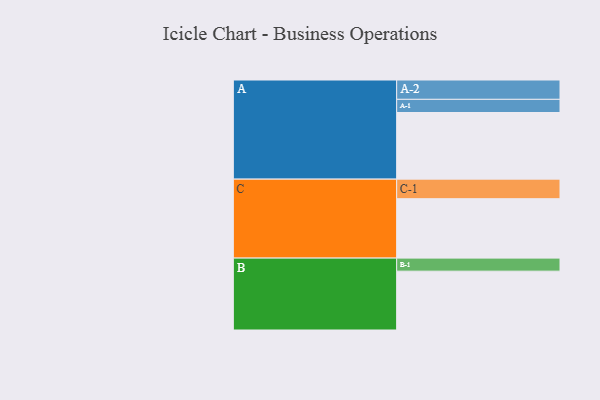
{"axis": {"x": "Segment", "y": "Value"}, "legend": ["", "A", "B", "C"], "data": [{"x": "A", "y": 572, "type": ""}, {"x": "B", "y": 505, "type": ""}, {"x": "C", "y": 510, "type": ""}, {"x": "A-1", "y": 113, "type": "A"}, {"x": "A-2", "y": 166, "type": "A"}, {"x": "B-1", "y": 112, "type": "B"}, {"x": "C-1", "y": 168, "type": "C"}]}